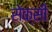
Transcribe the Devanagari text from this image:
सेक्‍सी